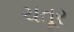
ચતૂર